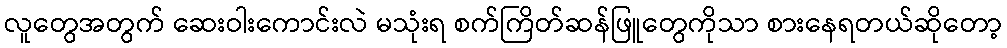
လူတွေအတွက် ဆေးဝါးကောင်းလဲ မသုံးရ စက်ကြိတ်ဆန်ဖြူတွေကိုသာ စားနေရတယ်ဆိုတော့